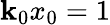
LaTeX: \mathbf{k}_{0}x_{0}=1